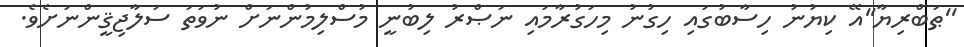
''ޠަބްރިޔާ''އޭ ކިޔުނު ހިސާބުގައި ހިގުނު މިހަގުރާމައި ނަޞްރު ލިބުނީ މުސްލިމުންނަށް ނުވަތަ ސަލާޖިޤީންނަށެވެ.